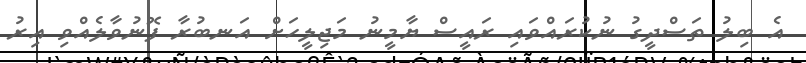
އެ ބިލު ތަސްދީގު ނުކުރައްވައި ރައީސް ޔާމީނު މަޖިލީހަށް އަނބުރާ ފޮނުވާލެއްވި އިރު